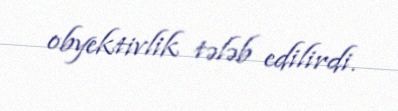
obyektivlik tələb edilirdi.